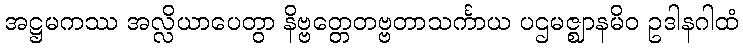
အဋ္ဌမကဿ အလ္လိယာပေတွာ နိဗ္ဗတ္တေတဗ္ဗတာသင်္ကာယ ပဌမဇ္ဈာနမိဝ ဥဒါနဂါထံ